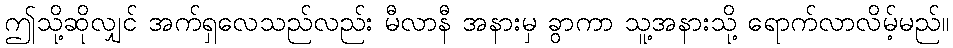
ဤသို့ဆိုလျှင် အက်ရှလေသည်လည်း မီလာနီ အနားမှ ခွာကာ သူ့အနားသို့ ရောက်လာလိမ့်မည်။